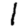
Digit: 1